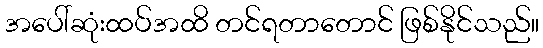
အပေါ်ဆုံးထပ်အထိ တင်ရတာတောင် ဖြစ်နိုင်သည်။